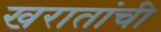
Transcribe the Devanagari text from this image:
खरातांची